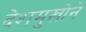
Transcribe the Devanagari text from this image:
देशमुखोने